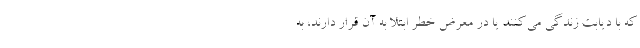
که با دیابت زندگی می‌کنند یا در معرض خطر ابتلا به آن قرار دارند، به